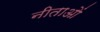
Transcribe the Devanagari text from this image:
नीताओं